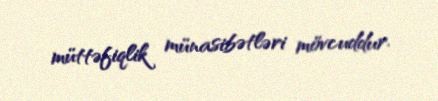
müttəfiqlik münasibətləri mövcuddur.